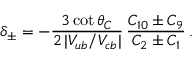
\delta _ { \pm } = - \frac { 3 \cot \theta _ { C } } { 2 \, | V _ { u b } / V _ { c b } | } \, \frac { C _ { 1 0 } \pm C _ { 9 } } { C _ { 2 } \pm C _ { 1 } } \, .